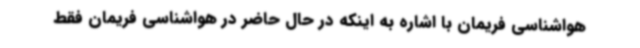
هواشناسی فریمان با اشاره به اینکه در حال حاضر در هواشناسی فریمان فقط